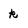
Character: k